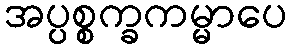
အပ္ပစ္စက္ခကမ္မာပေ